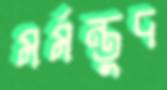
মর্মন্তুদ